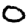
Digit: 0